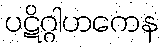
ပဋိဂ္ဂါဟကေန